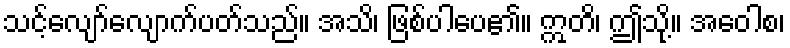
သင့်လျော်လျောက်ပတ်သည်။ အသိ၊ ဖြစ်ပါပေ၏။ ဣတိ၊ ဤသို့။ အဝေါစ၊